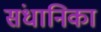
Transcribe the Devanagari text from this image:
संधानिका